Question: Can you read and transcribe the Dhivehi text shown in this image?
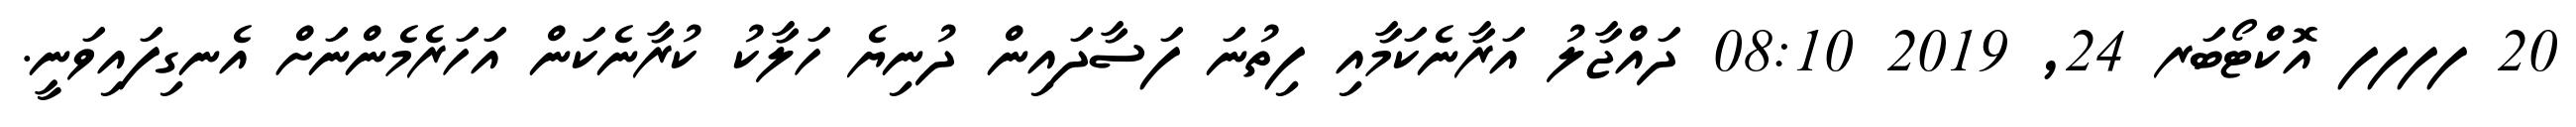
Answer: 20 ފފފފ އޮކްޓޯބަރ 24, 2019 08:10 ދައްޖާލު އަރާނެކަމާއި ފިތުނަ ފަސާދައިން ދުނިޔެ ހަލާކު ކުރާނެކަން އަހަރެމެންނަށް އެނގިފައިވަނީ.